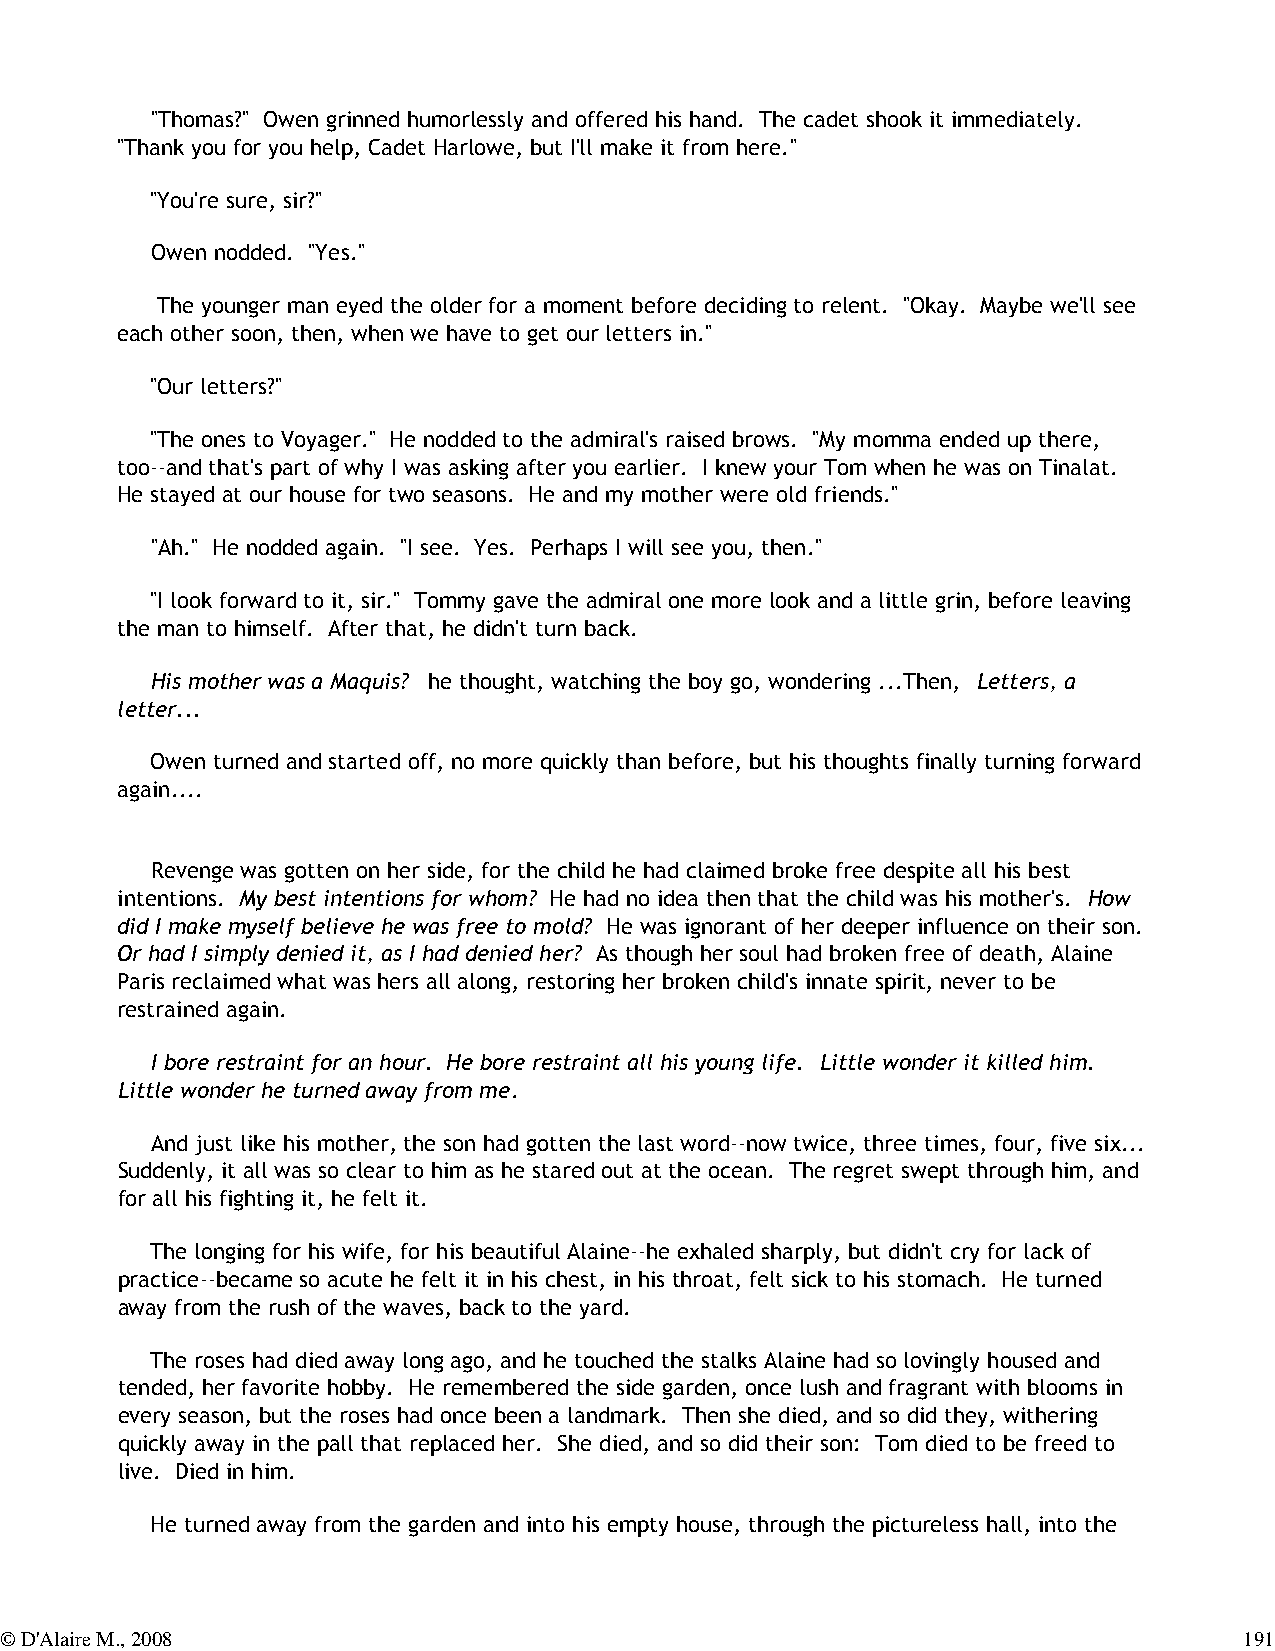
"Thomas?" Owen grinned humorlessly and offered his hand. The cadet shook it immediately.
 "Thank you for you help, Cadet Harlowe, but I'll make it from here."
 "You're sure, sir?"
 Owen nodded. "Yes."
 The younger man eyed the older for a moment before deciding to relent. "Okay. Maybe we'll see
 each other soon, then, when we have to get our letters in."
 "Our letters?"
 "The ones to Voyager." He nodded to the admiral's raised brows. "My momma ended up there,
 too--and that's part of why I was asking after you earlier. I knew your Tom when he was on Tinalat.
 He stayed at our house for two seasons. He and my mother were old friends."
 "Ah." He nodded again. "I see. Yes. Perhaps I will see you, then."
 "I look forward to it, sir." Tommy gave the admiral one more look and a little grin, before leaving
 the man to himself. After that, he didn't turn back.
 His mother was a Maquis? he thought, watching the boy go, wondering ...Then, Letters, a
 letter...
 Owen turned and started off, no more quickly than before, but his thoughts finally turning forward
 again....
 Revenge was gotten on her side, for the child he had claimed broke free despite all his best
 intentions. My best intentions for whom? He had no idea then that the child was his mother's. How
 did I make myself believe he was free to mold? He was ignorant of her deeper influence on their son.
 Or had I simply denied it, as I had denied her? As though her soul had broken free of death, Alaine
 Paris reclaimed what was hers all along, restoring her broken child's innate spirit, never to be
 restrained again.
 I bore restraint for an hour. He bore restraint all his young life. Little wonder it killed him.
 Little wonder he turned away from me.
 And just like his mother, the son had gotten the last word--now twice, three times, four, five six...
 Suddenly, it all was so clear to him as he stared out at the ocean. The regret swept through him, and
 for all his fighting it, he felt it.
 The longing for his wife, for his beautiful Alaine--he exhaled sharply, but didn't cry for lack of
 practice--became so acute he felt it in his chest, in his throat, felt sick to his stomach. He turned
 away from the rush of the waves, back to the yard.
 The roses had died away long ago, and he touched the stalks Alaine had so lovingly housed and
 tended, her favorite hobby. He remembered the side garden, once lush and fragrant with blooms in
 every season, but the roses had once been a landmark. Then she died, and so did they, withering
 quickly away in the pall that replaced her. She died, and so did their son: Tom died to be freed to
 live. Died in him.
 He turned away from the garden and into his empty house, through the pictureless hall, into the
 © D'Alaire M., 2008                                                               191